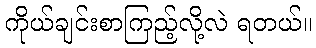
ကိုယ်ချင်းစာကြည့်လို့လဲ ရတယ်။